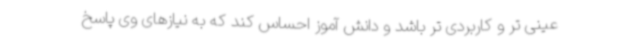
عینی تر و کاربردی تر باشد و دانش آموز احساس کند که به نیازهای وی پاسخ